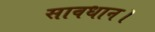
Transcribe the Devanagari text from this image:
सावधान।